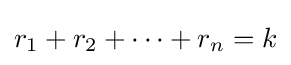
r_{1}+r_{2}+\cdots +r_{n}=k